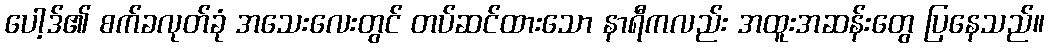
ပေါ့ဒ်၏ စက်ခလုတ်ခုံ အသေးလေးတွင် တပ်ဆင်ထားသော နာရီကလည်း အထူးအဆန်းတွေ ပြနေသည်။